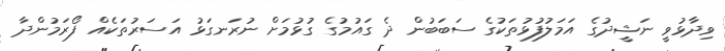
ވިދާޅުވީ ނަޝީދުގެ އަމަލުފުޅުތަކުގެ ސަބަބުން ދެ ގައުމުގެ ގުޅުމަށް ނުރަނގަޅު އަސަރުތަކެއް ފޯރަމުންދާ